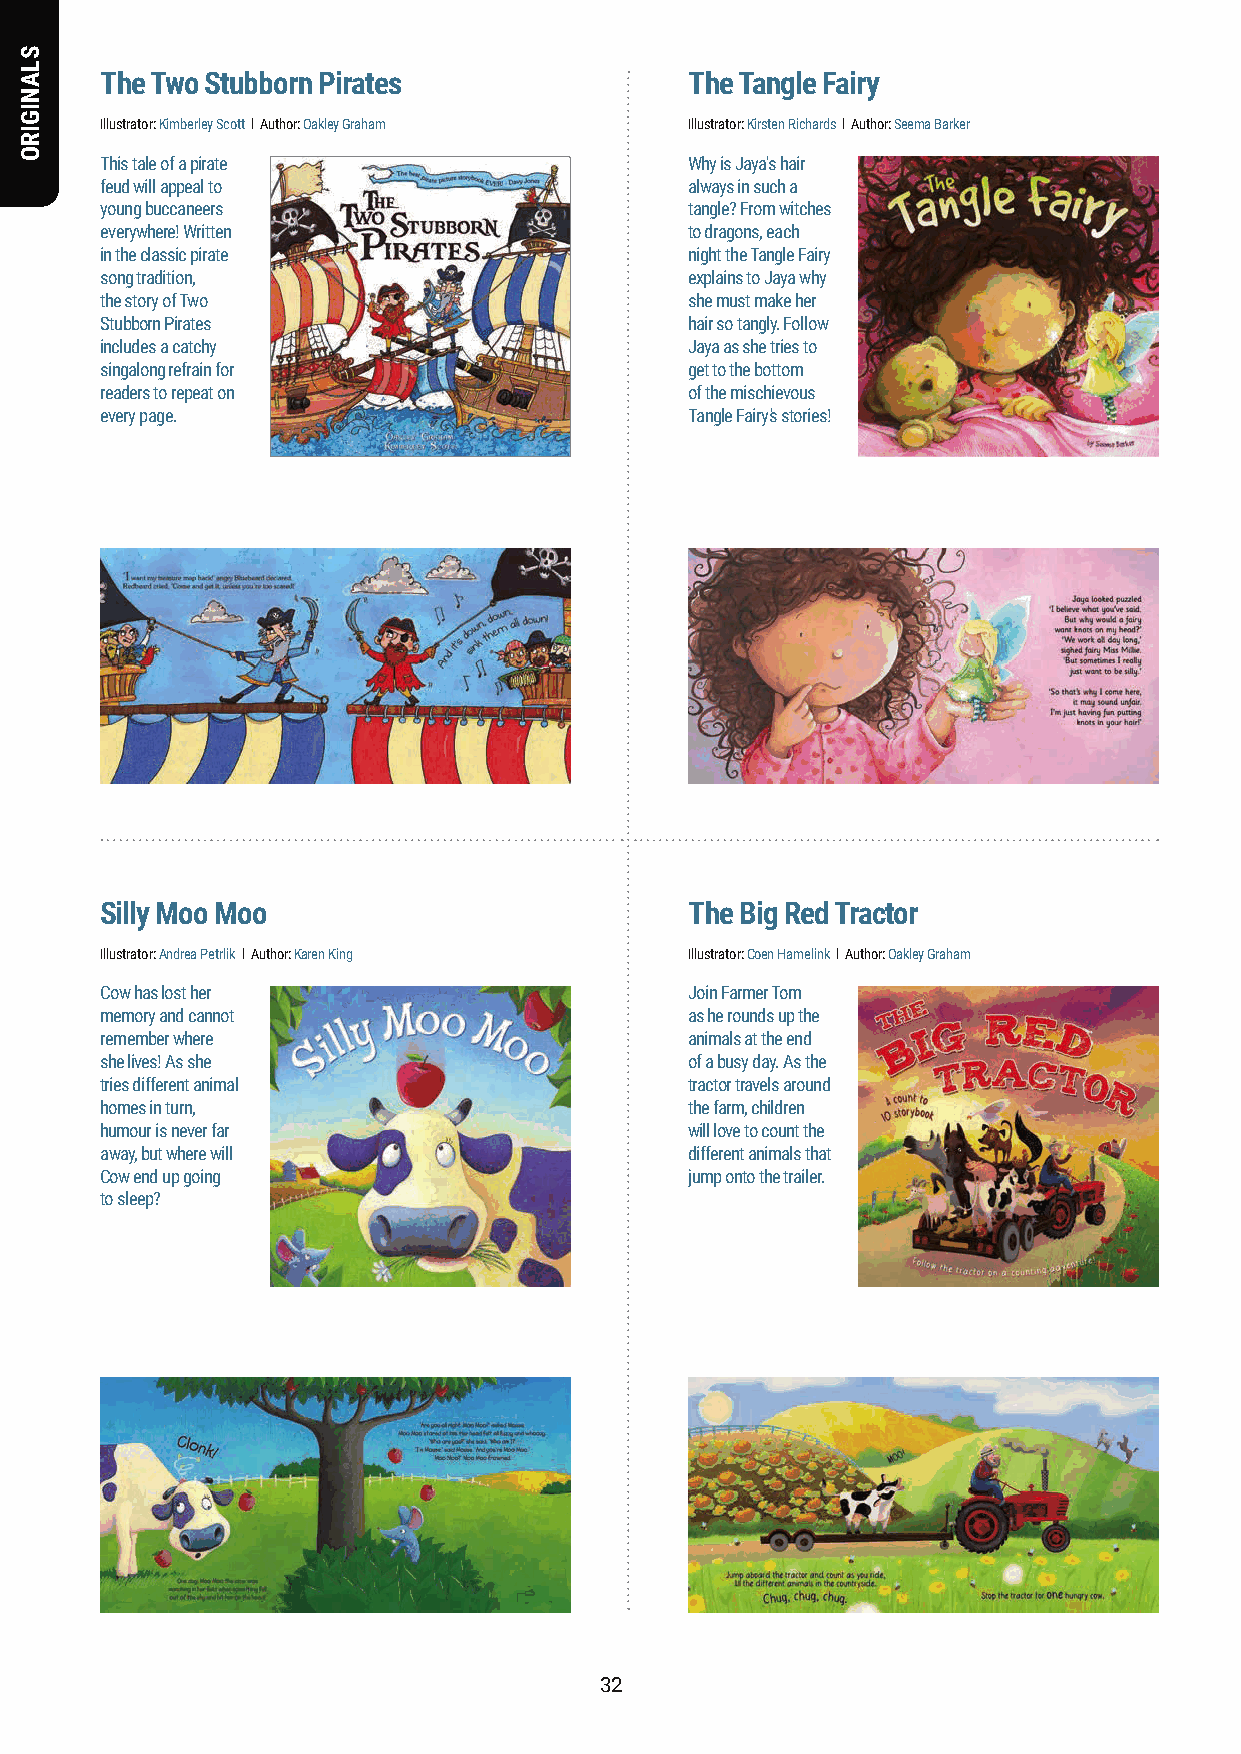
The Two Stubborn Pirates               The Tangle Fairy
 Illustrator: Kimberley Scott l Author: Oakley Graham Illustrator: Kirsten Richards l Author: Seema Barker
 This tale of a pirate                  Why is Jaya's hair
 feud will appeal to                    always in such a
 young buccaneers                       tangle? From witches
 everywhere! Written                    to dragons, each
 in the classic pirate                  night the Tangle Fairy
 song tradition,                        explains to Jaya why
 the story of Two                       she must make her
 Stubborn Pirates                       hair so tangly. Follow
 includes a catchy                      Jaya as she tries to
 singalong refrain for                  get to the bottom
 readers to repeat on                   of the mischievous
 every page.                            Tangle Fairy's stories!
 Silly Moo Moo                          The Big Red Tractor
 Illustrator: Andrea Petrlik l Author: Karen King Illustrator: Coen Hamelink l Author: Oakley Graham
 Cow has lost her                       Join Farmer Tom
 memory and cannot                      as he rounds up the
 remember where                         animals at the end
 she lives! As she                      of a busy day. As the
 tries different animal                 tractor travels around
 homes in turn,                         the farm, children
 humour is never far                    will love to count the
 away, but where will                   different animals that
 Cow end up going                       jump onto the trailer.
 to sleep?
 3322
 SLANIGIRO